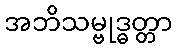
အဘိသမ္ဗုဒ္ဓတ္တာ